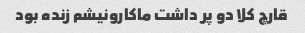
قارچ کلا دو پر داشت ماکارونیشم زنده بود